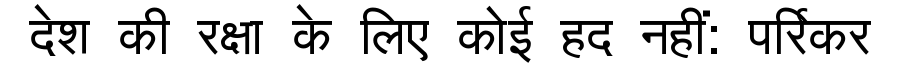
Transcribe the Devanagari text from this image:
देश की रक्षा के लिए कोई हद नहीं: पर्रिकर